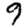
Digit: 9